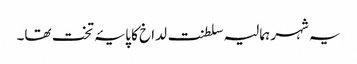
یہ شہر ہمالیہ سلطنت لداخ کا پایۂ تخت تھا۔